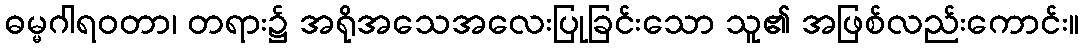
ဓမ္မဂါရဝတာ၊ တရား၌ အရိုအသေအလေးပြုခြင်းသော သူ၏ အဖြစ်လည်းကောင်း။